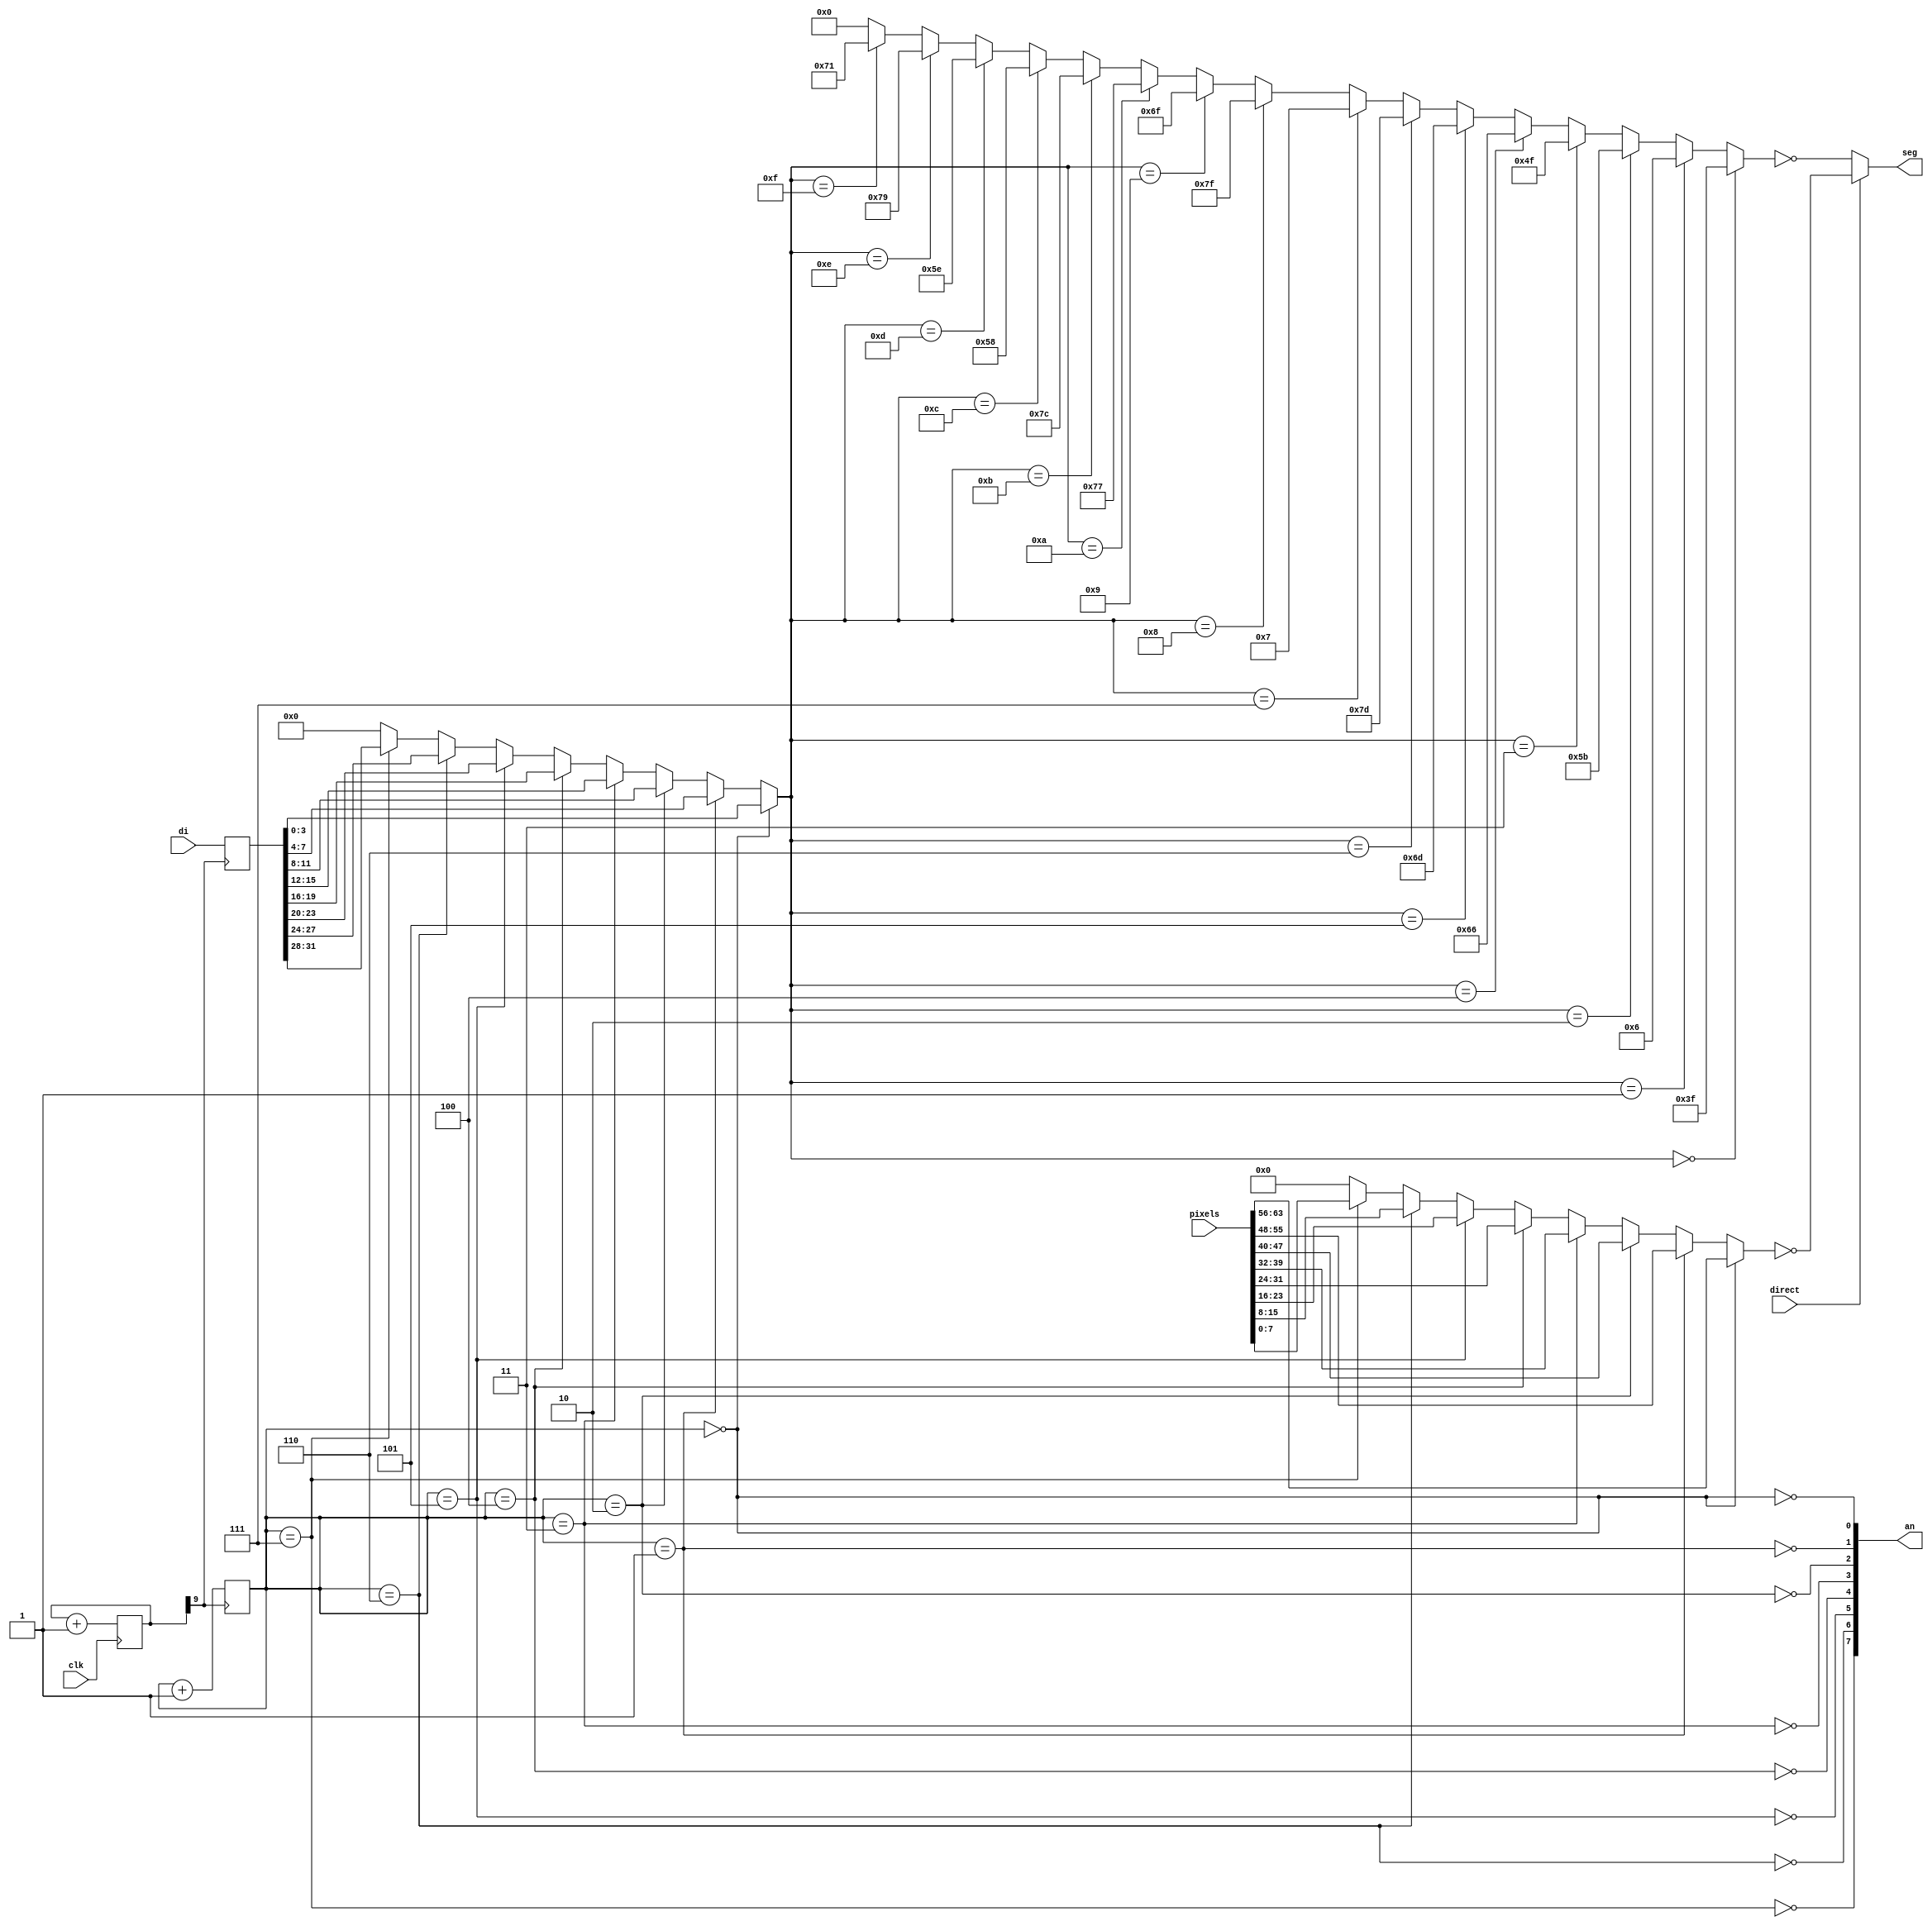
module seg7
  (
   input wire	     clk,
   input wire [31:0] di,
   input wire [63:0] pixels,
   input wire	     direct,
   output wire [7:0] seg,
   output wire [7:0] an
   );
   
   parameter PRE=9;
   
   reg [31:0] 	     data;
   reg [2:0] 	     cnt;
   reg [PRE:0] 	     pre_cnt;
   wire [3:0] 	     digit;
   wire [7:0]	     nd_seg;
   wire [7:0]	     d_seg;
	     
   initial
     begin
	cnt<= 0;
	pre_cnt<= 0;
     end
   
   always @(posedge clk)
     begin
	pre_cnt<= pre_cnt + 1;
     end
   
   always @(posedge pre_cnt[PRE])
     begin
	cnt<= cnt+1;
	data<= di;
     end
   
   assign digit=
		(cnt==3'd0)?{data[ 3: 0]}:
		(cnt==3'd1)?{data[ 7: 4]}:
		(cnt==3'd2)?{data[11: 8]}:
		(cnt==3'd3)?{data[15:12]}:
		(cnt==3'd4)?{data[19:16]}:
		(cnt==3'd5)?{data[23:20]}:
		(cnt==3'd6)?{data[27:24]}:      
		(cnt==3'd7)?{data[31:28]}:
		0;      
   
   assign an[0]= ~(cnt == 0);
   assign an[1]= ~(cnt == 1);
   assign an[2]= ~(cnt == 2);
   assign an[3]= ~(cnt == 3);
   assign an[4]= ~(cnt == 4);
   assign an[5]= ~(cnt == 5);
   assign an[6]= ~(cnt == 6);
   assign an[7]= ~(cnt == 7);
   
   parameter A      = 8'b0000_0001;
   parameter B      = 8'b0000_0010;
   parameter C      = 8'b0000_0100;
   parameter D      = 8'b0000_1000;
   parameter E      = 8'b0001_0000;
   parameter F      = 8'b0010_0000;
   parameter G      = 8'b0100_0000;
   
   assign nd_seg = ~(
		  (digit[3:0] == 4'h0) ? A|B|C|D|E|F :
		  (digit[3:0] == 4'h1) ? B|C :
		  (digit[3:0] == 4'h2) ? A|B|G|E|D :
		  (digit[3:0] == 4'h3) ? A|B|C|D|G :
		  
		  (digit[3:0] == 4'h4) ? F|B|G|C :
		  (digit[3:0] == 4'h5) ? A|F|G|C|D : 
		  (digit[3:0] == 4'h6) ? A|F|G|C|D|E :
		  (digit[3:0] == 4'h7) ? A|B|C :
		  
		  (digit[3:0] == 4'h8) ? A|B|C|D|E|F|G :
		  (digit[3:0] == 4'h9) ? A|B|C|D|F|G :
		  (digit[3:0] == 4'ha) ? A|F|B|G|E|C :
		  (digit[3:0] == 4'hb) ? F|G|C|D|E :
		  
		  (digit[3:0] == 4'hc) ? G|E|D :
		  (digit[3:0] == 4'hd) ? B|C|G|E|D :
		  (digit[3:0] == 4'he) ? A|F|G|E|D :
		  (digit[3:0] == 4'hf) ? A|F|G|E :
		  8'b0000_0000
		  );

   assign d_seg= ~(
		   (cnt==3'd0)?pixels[63:56]:
		   (cnt==3'd1)?pixels[55:48]:
		   (cnt==3'd2)?pixels[47:40]:
		   (cnt==3'd3)?pixels[39:32]:
		   (cnt==3'd4)?pixels[31:24]:
		   (cnt==3'd5)?pixels[23:16]:
		   (cnt==3'd6)?pixels[15: 8]:
		   (cnt==3'd7)?pixels[ 7: 0]:
		   8'b0000_0000
		   );
		   
   assign seg= direct ? d_seg : nd_seg;
   
endmodule // seg7